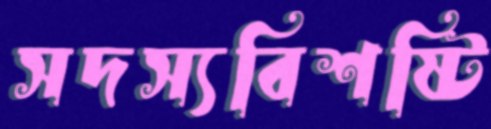
সদস্যবিশষ্টি